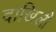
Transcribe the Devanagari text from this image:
दाखिली